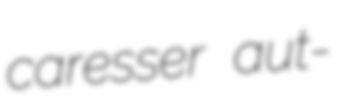
caresser aut-